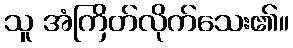
သူ အံကြိတ်လိုက်သေး၏။